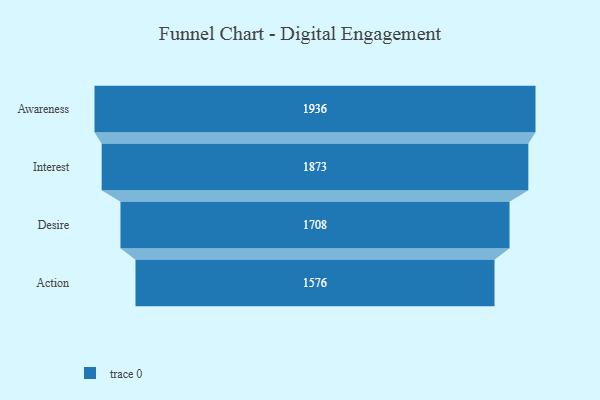
{"axis": {"x": "Stage", "y": "Value"}, "legend": [""], "data": [{"x": "Awareness", "y": 1936.0, "type": ""}, {"x": "Interest", "y": 1873.0, "type": ""}, {"x": "Desire", "y": 1708.0, "type": ""}, {"x": "Action", "y": 1576.0, "type": ""}]}